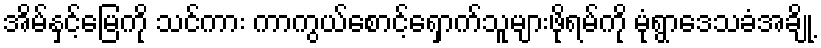
အိမ်နှင့်မြေကို သင်ကား ကာကွယ်စောင့်ရှောက်သူများဖိုရမ်ကို မုံရွာဒေသခံအချို့